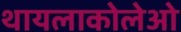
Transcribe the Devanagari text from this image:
थायलाकोलेओ